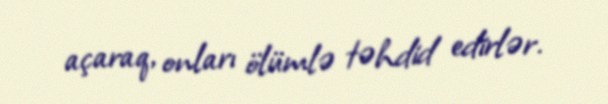
açaraq, onları ölümlə təhdid edirlər.